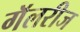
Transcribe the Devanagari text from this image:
गॅलरीज